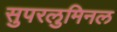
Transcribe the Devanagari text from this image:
सुपरलुमिनल